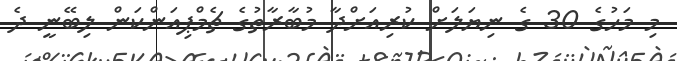
މި މަހުގެ 30 ގެ ނިޔަލަށް ކުރިއަށްދާ މުބާރާތުގެ ޗެމްޕިއަންކަން ލިބޭނީ ދެ